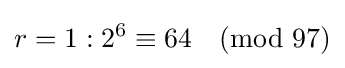
r=1:2^{6}\equiv 64{\pmod {97}}